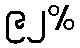
၉၂%